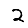
Digit: 2